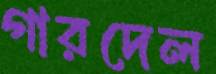
গারদেল